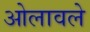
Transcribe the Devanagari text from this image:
ओलावले